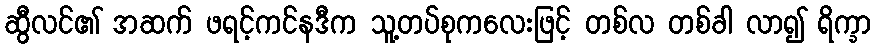
ဆွီလင်၏ အဆက် ဖရင့်ကင်နဒီက သူ့တပ်စုကလေးဖြင့် တစ်လ တစ်ခါ လာ၍ ရိက္ခာ